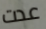
عدت